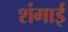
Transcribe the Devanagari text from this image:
शंगाई